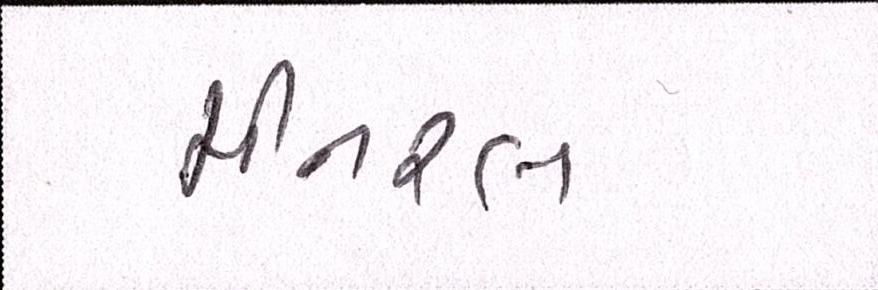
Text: મીનરલ